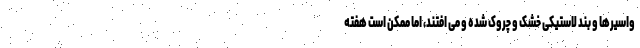
واسيرها و بند لاستيکی خشک و چروک شده و می افتند، اما ممکن است هفته